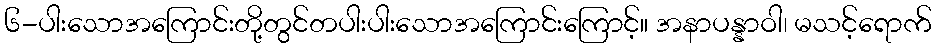
၆-ပါးသောအကြောင်းတို့တွင်တပါးပါးသောအကြောင်းကြောင့်။ အနာပန္နာဝါ၊ မသင့်ရောက်